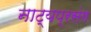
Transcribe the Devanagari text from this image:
नाट्यप्रसंग